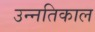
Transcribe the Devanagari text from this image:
उन्नतिकाल